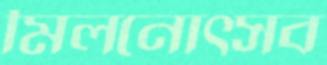
মিলনোৎসব